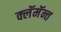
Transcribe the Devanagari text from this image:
क्लॅमॅन्त